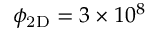
\ensuremath { \phi _ { \mathrm { 2 D } } } = 3 \times 1 0 ^ { 8 }